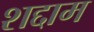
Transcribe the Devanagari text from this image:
शद्दाम